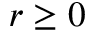
r \geq 0